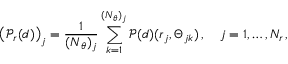
\left( \boldsymbol { \mathcal { P } } _ { r } ( \boldsymbol { d } ) \right) _ { j } = \frac { 1 } { ( \boldsymbol { N } _ { \theta } ) _ { j } } \sum _ { k = 1 } ^ { ( \boldsymbol { N } _ { \theta } ) _ { j } } \boldsymbol { \mathcal { P } } ( \boldsymbol { d } ) ( \boldsymbol { r } _ { j } , \boldsymbol { \Theta } _ { j k } ) \, , \quad j = 1 , \dots , N _ { r } \, ,